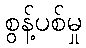
စွန့်ပစ်မှု